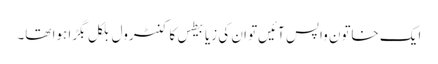
ایک خاتون واپس آئیں‌تو ان کی زیابیطس کا کنٹرول بلکل بگڑا ہوا تھا۔